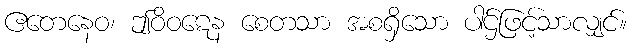
ဧတေနေဝ၊ ဤဝိဝဋေန စေတသာ အစရှိသော ပါဌ်ဖြင့်သာလျှင်။